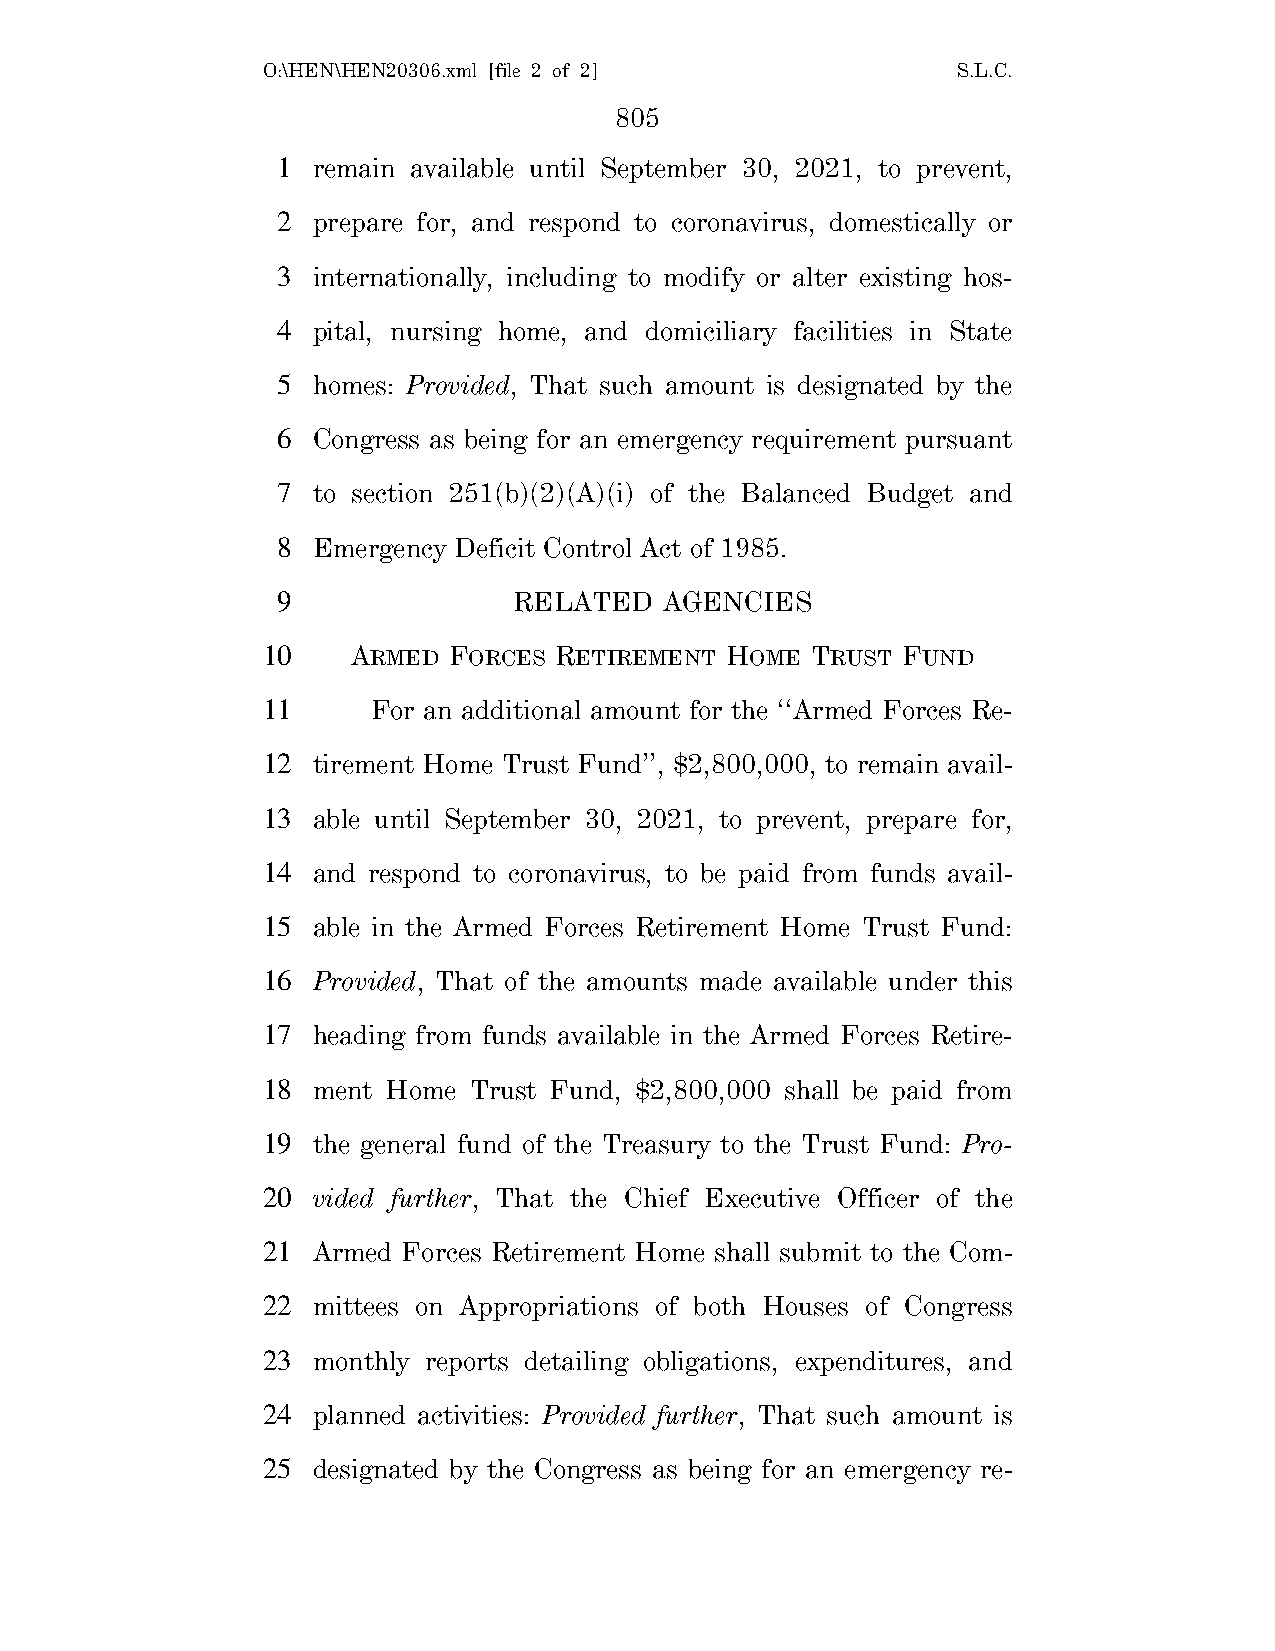
O:\HEN\HEN20306.xml [file 2 of 2]             S.L.C.
 805
 1  remain available until September 30, 2021, to prevent,
 2  prepare for, and respond to coronavirus, domestically or
 3  internationally, including to modify or alter existing hos-
 4  pital, nursing home, and domiciliary facilities in State
 5  homes: Provided, That such amount is designated by the
 6  Congress as being for an emergency requirement pursuant
 7  to section 251(b)(2)(A)(i) of the Balanced Budget and
 8  Emergency Deficit Control Act of 1985.
 9               RELATED   AGENCIES
 10    ARMED  FORCES RETIREMENT HOME  TRUST FUND
 11      For an additional amount for the ‘‘Armed Forces Re-
 12  tirement Home Trust Fund’’, $2,800,000, to remain avail-
 13  able until September 30, 2021, to prevent, prepare for,
 14  and respond to coronavirus, to be paid from funds avail-
 15  able in the Armed Forces Retirement Home Trust Fund:
 16  Provided, That of the amounts made available under this
 17  heading from funds available in the Armed Forces Retire-
 18  ment Home Trust Fund, $2,800,000 shall be paid from
 19  the general fund of the Treasury to the Trust Fund: Pro-
 20  vided further, That the Chief Executive Officer of the
 21  Armed Forces Retirement Home shall submit to the Com-
 22  mittees on Appropriations of both Houses of Congress
 23  monthly reports detailing obligations, expenditures, and
 24  planned activities: Provided further, That such amount is
 25  designated by the Congress as being for an emergency re-